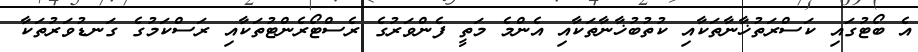
އެ ބޯޓުގައި ކަސްރަތުޚާނާތަކާއި ކުތުބުޚާނާތަކާއި އެންމެ މަތީ ފެންވަރުގެ ރެސްޓޯރެންޓުތަކާއި ރަސްކަމުގެ ގަނޑުވަރުތަކާ